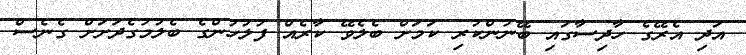
އަދި އެރޭގެ ހާދިސާގައި ބޭނުންކުރި ކަމަށް ބެލެވޭ ކާރެއް ފުލުހުންގެ ބެލުމުގެދަށަށް ގެނެސް